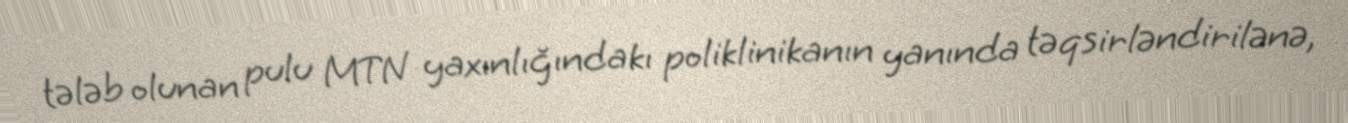
tələb olunan pulu MTN yaxınlığındakı poliklinikanın yanında təqsirləndirilənə,